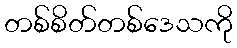
တစ်စိတ်တစ်ဒေသကို